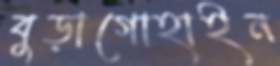
বুড়াগোহাইন